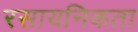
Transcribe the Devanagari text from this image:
रसायनिकता